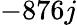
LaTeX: -876j